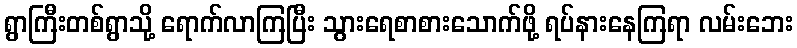
ရွာကြီးတစ်ရွာသို့ ရောက်လာကြပြီး သွားရေစာစားသောက်ဖို့ ရပ်နားနေကြရာ လမ်းဘေး